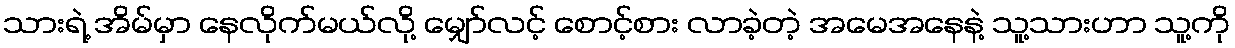
သားရဲ့ အိမ်မှာ နေလိုက်မယ်လို့ မျှော်လင့် စောင့်စား လာခဲ့တဲ့ အမေအနေနဲ့ သူ့သားဟာ သူ့ကို